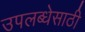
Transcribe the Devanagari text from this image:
उपलब्धेसाठी